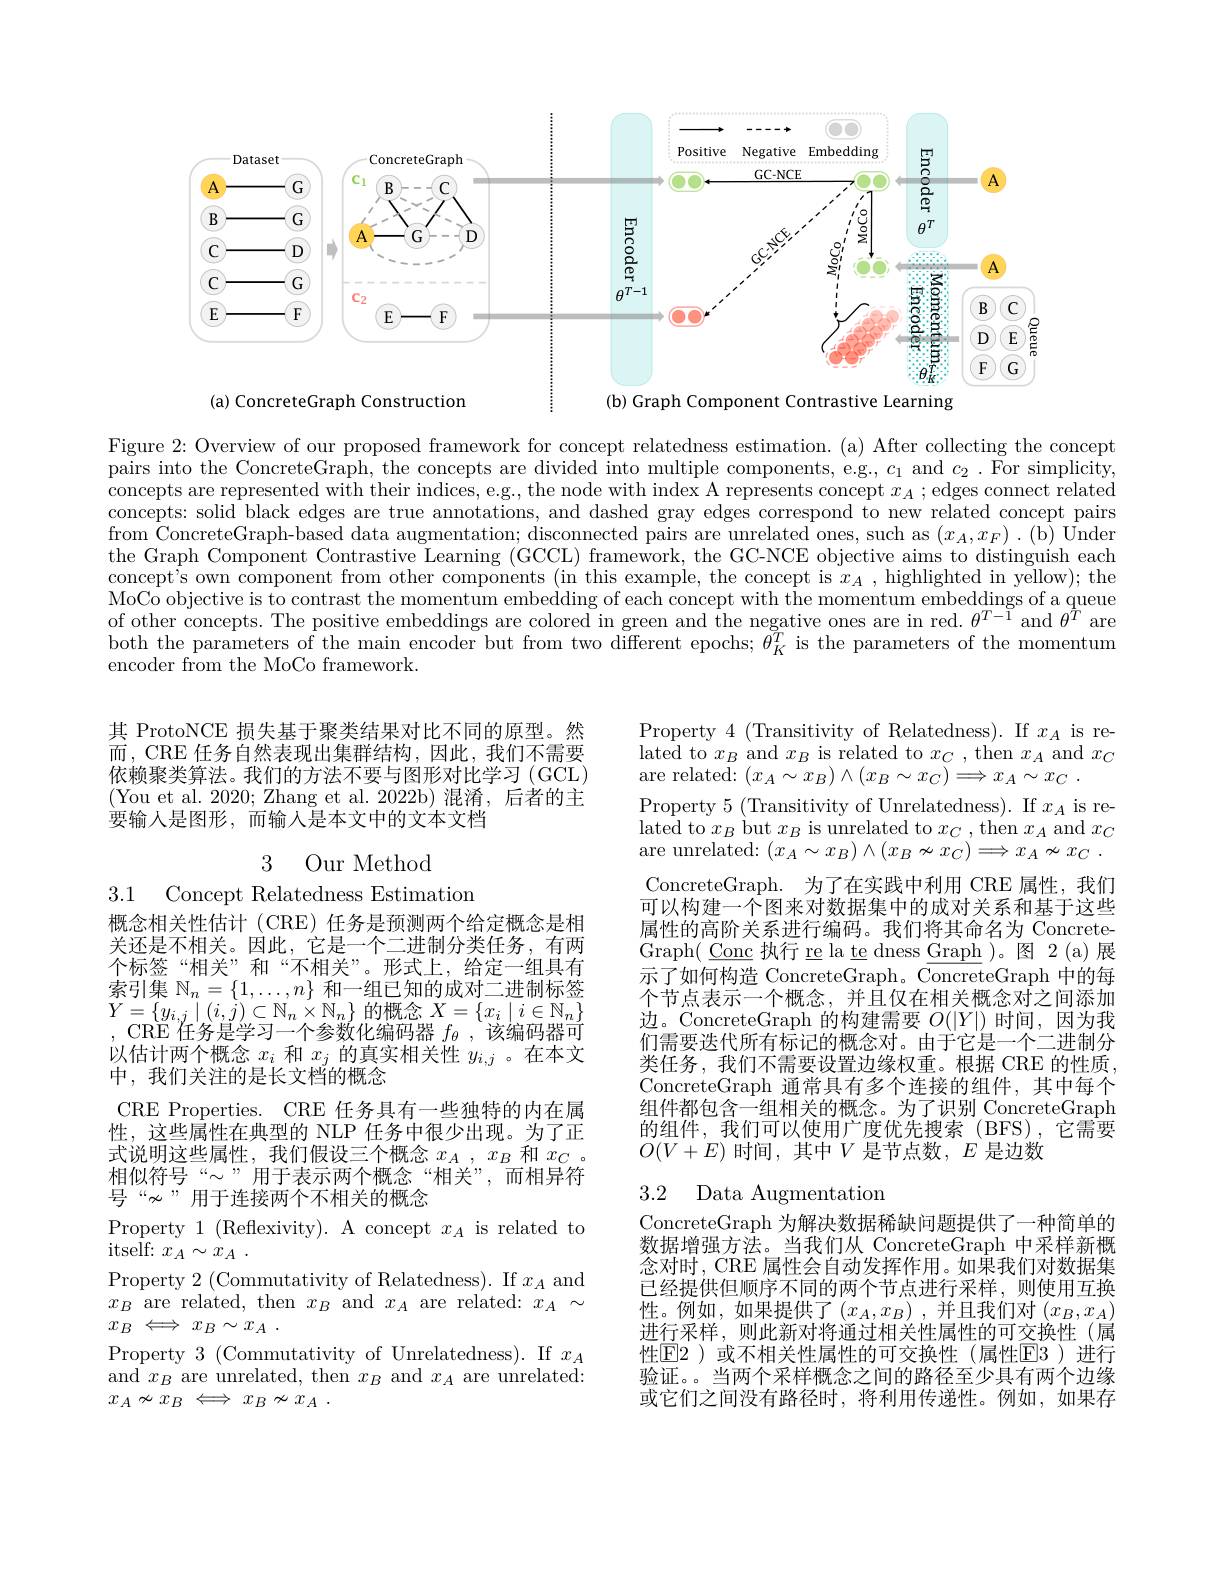
<FigureHere>

Figure 2: Overview of our proposed framework for concept relatedness estimation. (a) After collecting the concept pairs into the ConcreteGraph, the concepts are divided into multiple components, e.g., $c_1$ and $c_2.$ For simplicity, concepts are represented with their indices, e.g., the node with index A represents concept $x_A$ ; edges connect related concepts: solid black edges are true annotations, and dashed gray edges correspond to new related concept pairs $\begin{array}{c}\mathrm{from~\tilde{\text{ConcreteGraph-based data augmentation; disconnected pairs are unrelated ones, such as }(x_A,x_F).~(b)~\bar{\text{Under}}} {array}}\end{array}$ the Graph Component Contrastive Learning (GCCL) framework, the GC-NCE objective aims to distinguish each concept's own component from other components (in'this example, the concept is $x_A$, highlighted in yellow); the MoCo objective is to contrast the momentum embedding of each concept with the momentum embeddings of a queue of other concepts. The positive embeddings are colored in green and the negative ones are in red. $\theta^{T-1}$ and $\theta^T$ are both the parameters of the main encoder but from two different epochs; $\theta_K^T$ is the parameters of the momentum encoder from the MoCo framework.

其 ProtoNCE 损失基于聚类结果对比不同的原型。然而，CRE 任务自然表现出集群结构，因此，我们不需要依赖聚类算法。我们的方法不要与图形对比学习(GCL) (You et al. 2020; Zhang et al. 2022b)混淆，后者的主要输入是图形，而输入是本文中的文本文档

3 Our Method

3.1 Concept Relatedness Estimation

Property $4\allowbreak ( {\mathrm{mod}} $Transitivity of Relatedness). If $x_A\mod$ lated to $x_B$ and $x_B$ is related to $x_C$, then $x_A$ and $x_C$ are related: $(x_A\sim x_B)\wedge(x_B\sim x_C)\Longrightarrow x_A\sim x_C~.$
Property 5 (Transitivity of Unrelatedness). If $x_A$ is related to $x_B$ but $x_B$ is unrelated to $x_C$, then $x_A$ and $x_C$ are unrelated: $(x_A\sim x_B)\wedge(x_B\nsim x_C)\Longrightarrow x_A\nsim x_C~.$ ConcreteGraph. 为了在实践中利用 CRE 属性，我们可以构建一个图来对数据集中的成对关系和基于这些属性的高阶关系进行编码。我们将其命名为 ConcreteGraph( Conc 执行 re la te dness Graph )。图 2(a)展示了如何构造 ConcreteGraph。ConcreteGraph 中的每个节点表示一个概念，并且仅在相关概念对之间添加边。ConcreteGraph 的构建需要$O(|Y|)$时间，因为我们需要迭代所有标记的概念对。由于它是一个二进制分类任务，我们不需要设置边缘权重。根据 CRE 的性质， ConcreteGraph 通常具有多个连接的组件，其中每个组件都包含一组相关的概念。为了识别 ConcreteGraph 的组件，我们可以使用广度优先搜索(BFS),它需要$O(V+E)$时间，其中$V$是节点数，$E$是边数

概念相关性估计 (CRE) 任务是预测两个给定概念是相关还是不相关。因此，它是一个二进制分类任务，有两个标签“相关”和“不相关”。形式上，给定一组具有索引集$\mathbb{N}_n=\{1,\ldots,n\}$和一组已知的成对二进制标签$Y=\{y_{i,j}\mid(i,j)\subset\mathbb{N}_{n}\times\mathbb{N}_{n}\}$的概念$X=\{x_i\mid i\in\mathbb{N}_{n}\}$ , CRE 任务是学习一个参数化编码器$f_\theta$,该编码器可以估计两个概念$x_i$和$x_j$的真实相关性$y_i,j$ 。在本文中，我们关注的是长文档的概念
CRE Properties. CRE 任务具有一些独特的内在属性，这些属性在典型的 NLP 任务中很少出现。为了正式说明这些属性，我们假设三个概念$x_A,x_B$和$x_C.$ 相似符号“$\sim”用于表示两个概念“相关”,而相异符$ 号“$\nsim”$用于连接两个不相关的概念
Property 1 (Reflexivity). A concept $x_A$ is related to
${\mathrm{itself: ~}x_{A}\sim \dot{x} _{A}}$ .
Property 2 (Commutativity of Relatedness). If $x_A$ and $x_B$ are related, then $x_B$ and $x_A$ are related: $x_A\sim$ $x_B \Longleftrightarrow x_B\sim x_A$ .
Property 3 (Commutativity of Unrelatedness).If $x_A$ and $x_B$ are unrelated, then $x_B$ and $x_A$ are unrelated: $x_A\nsim x_B \Longleftrightarrow x_B\nsim x_A$ .

### 3.2 Data Augmentation

ConcreteGraph 为解决数据稀缺问题提供了一种简单的数据增强方法。当我们从 ConcreteGraph 中采样新概念对时，CRE 属性会自动发挥作用。如果我们对数据集已经提供但顺序不同的两个节点进行采样，则使用互换性。例如，如果提供了$\left(x_A,x_B\right)$,并且我们对$\left(x_B,x_A\right)$ 进行采样，则此新对将通过相关性属性的可交换性(属性$\mathbb{E}$2)或不相关性属性的可交换性(属性$\mathbb{E}$3)进行验证。当两个采样概念之间的路径至少具有两个边缘或它们之间没有路径时，将利用传递性。例如，如果存